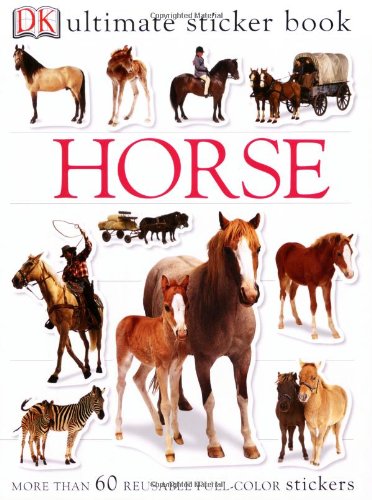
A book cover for Ultimate Sticker Book: Horse (Ultimate Sticker Books); DK Publishing; Children's Books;